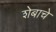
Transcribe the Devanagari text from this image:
शेबाचे